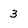
Character: 3